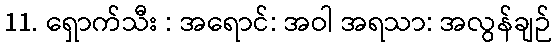
11. ရှောက်သီး : အရောင်: အဝါ အရသာ: အလွန်ချဉ်